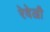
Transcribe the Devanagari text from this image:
रेवेल्री